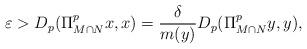
LaTeX: \begin{align*} \varepsilon > D_p(\Pi_{M\cap N}^p x,x) =\frac{\delta}{m(y)} D_p(\Pi_{M\cap N}^p y,y), \end{align*}